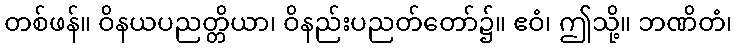
တစ်ဖန်။ ဝိနယပညတ္တိယာ၊ ဝိနည်းပညတ်တော်၌။ ဧဝံ၊ ဤသို့။ ဘဏိတံ၊